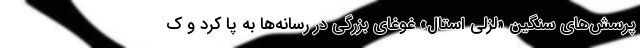
پرسش‌های سنگین «لزلی استال» غوغای بزرگی در رسانه‌ها به پا کرد و ک